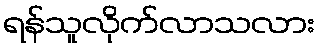
ရန်သူလိုက်လာသလား